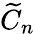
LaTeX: {\widetilde{C}}_{n}